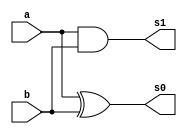
// ---------------------
// Guia 04_02 - Soma Completa com meia soma
// Nome: Anderson Belchior de Carvalho
// ---------------------

// ---------------------
// -- meia soma
// ---------------------

module meiasoma (s0, s1, a, b);

 output s0, s1;
 input  a, b;
 
xor XOR1 (s0, a, b);
and AND1 (s1, a, b);
 
 endmodule //meiasoma
 
// ---------------------
// -- module soma completa
// ---------------------

module somacompleta(s0, s1, a, b, v);

wire q0,q1,q2;
output s0, s1;
input a, b, v;

meiasoma MS1 (q0, q1, a, b);
meiasoma MS2 (s0, q2, q0, v);
or OR1 (s1, q1, q2);

endmodule // soma completa

// --------------------------
// -- test soma completa
// --------------------------

module testsomacompleta;
 reg   a, b, v;             
 wire  s0, s1;
          // instancia
 somacompleta SOMACOMPLETA1 (s0, s1, a, b, v);

 initial begin:start
      a=0; b=0; v=0;
 end

          // parte principal
 initial begin:main
      $display("Guia 04_02 - Anderson Belchior de Carvalho - 396673");
      $display("Operador Soma-Completa usando dois circuitos Meia-Soma.");
      $display("\nv a b = s0 s1\n");
      $monitor(" %b %b %b = %b %b", v, a, b, s0, s1);
#1 a=0;b=1;v=0;
#1 a=1;b=0;v=0;
#1 a=1;b=1;v=0;
#1 a=0;b=0;v=1;
#1 a=0;b=1;v=1;
#1 a=1;b=0;v=1;
#1 a=1;b=1;v=1;
  
 end

endmodule // testmeiadiferenca